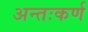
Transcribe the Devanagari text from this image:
अन्तःकर्ण